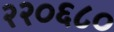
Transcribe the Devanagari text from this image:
२२०६८०